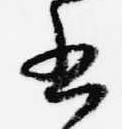
書